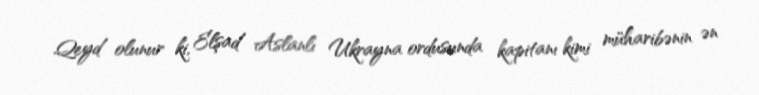
Qeyd olunur ki, Elşad Aslanlı Ukrayna ordusunda kapitanı kimi müharibənin ən